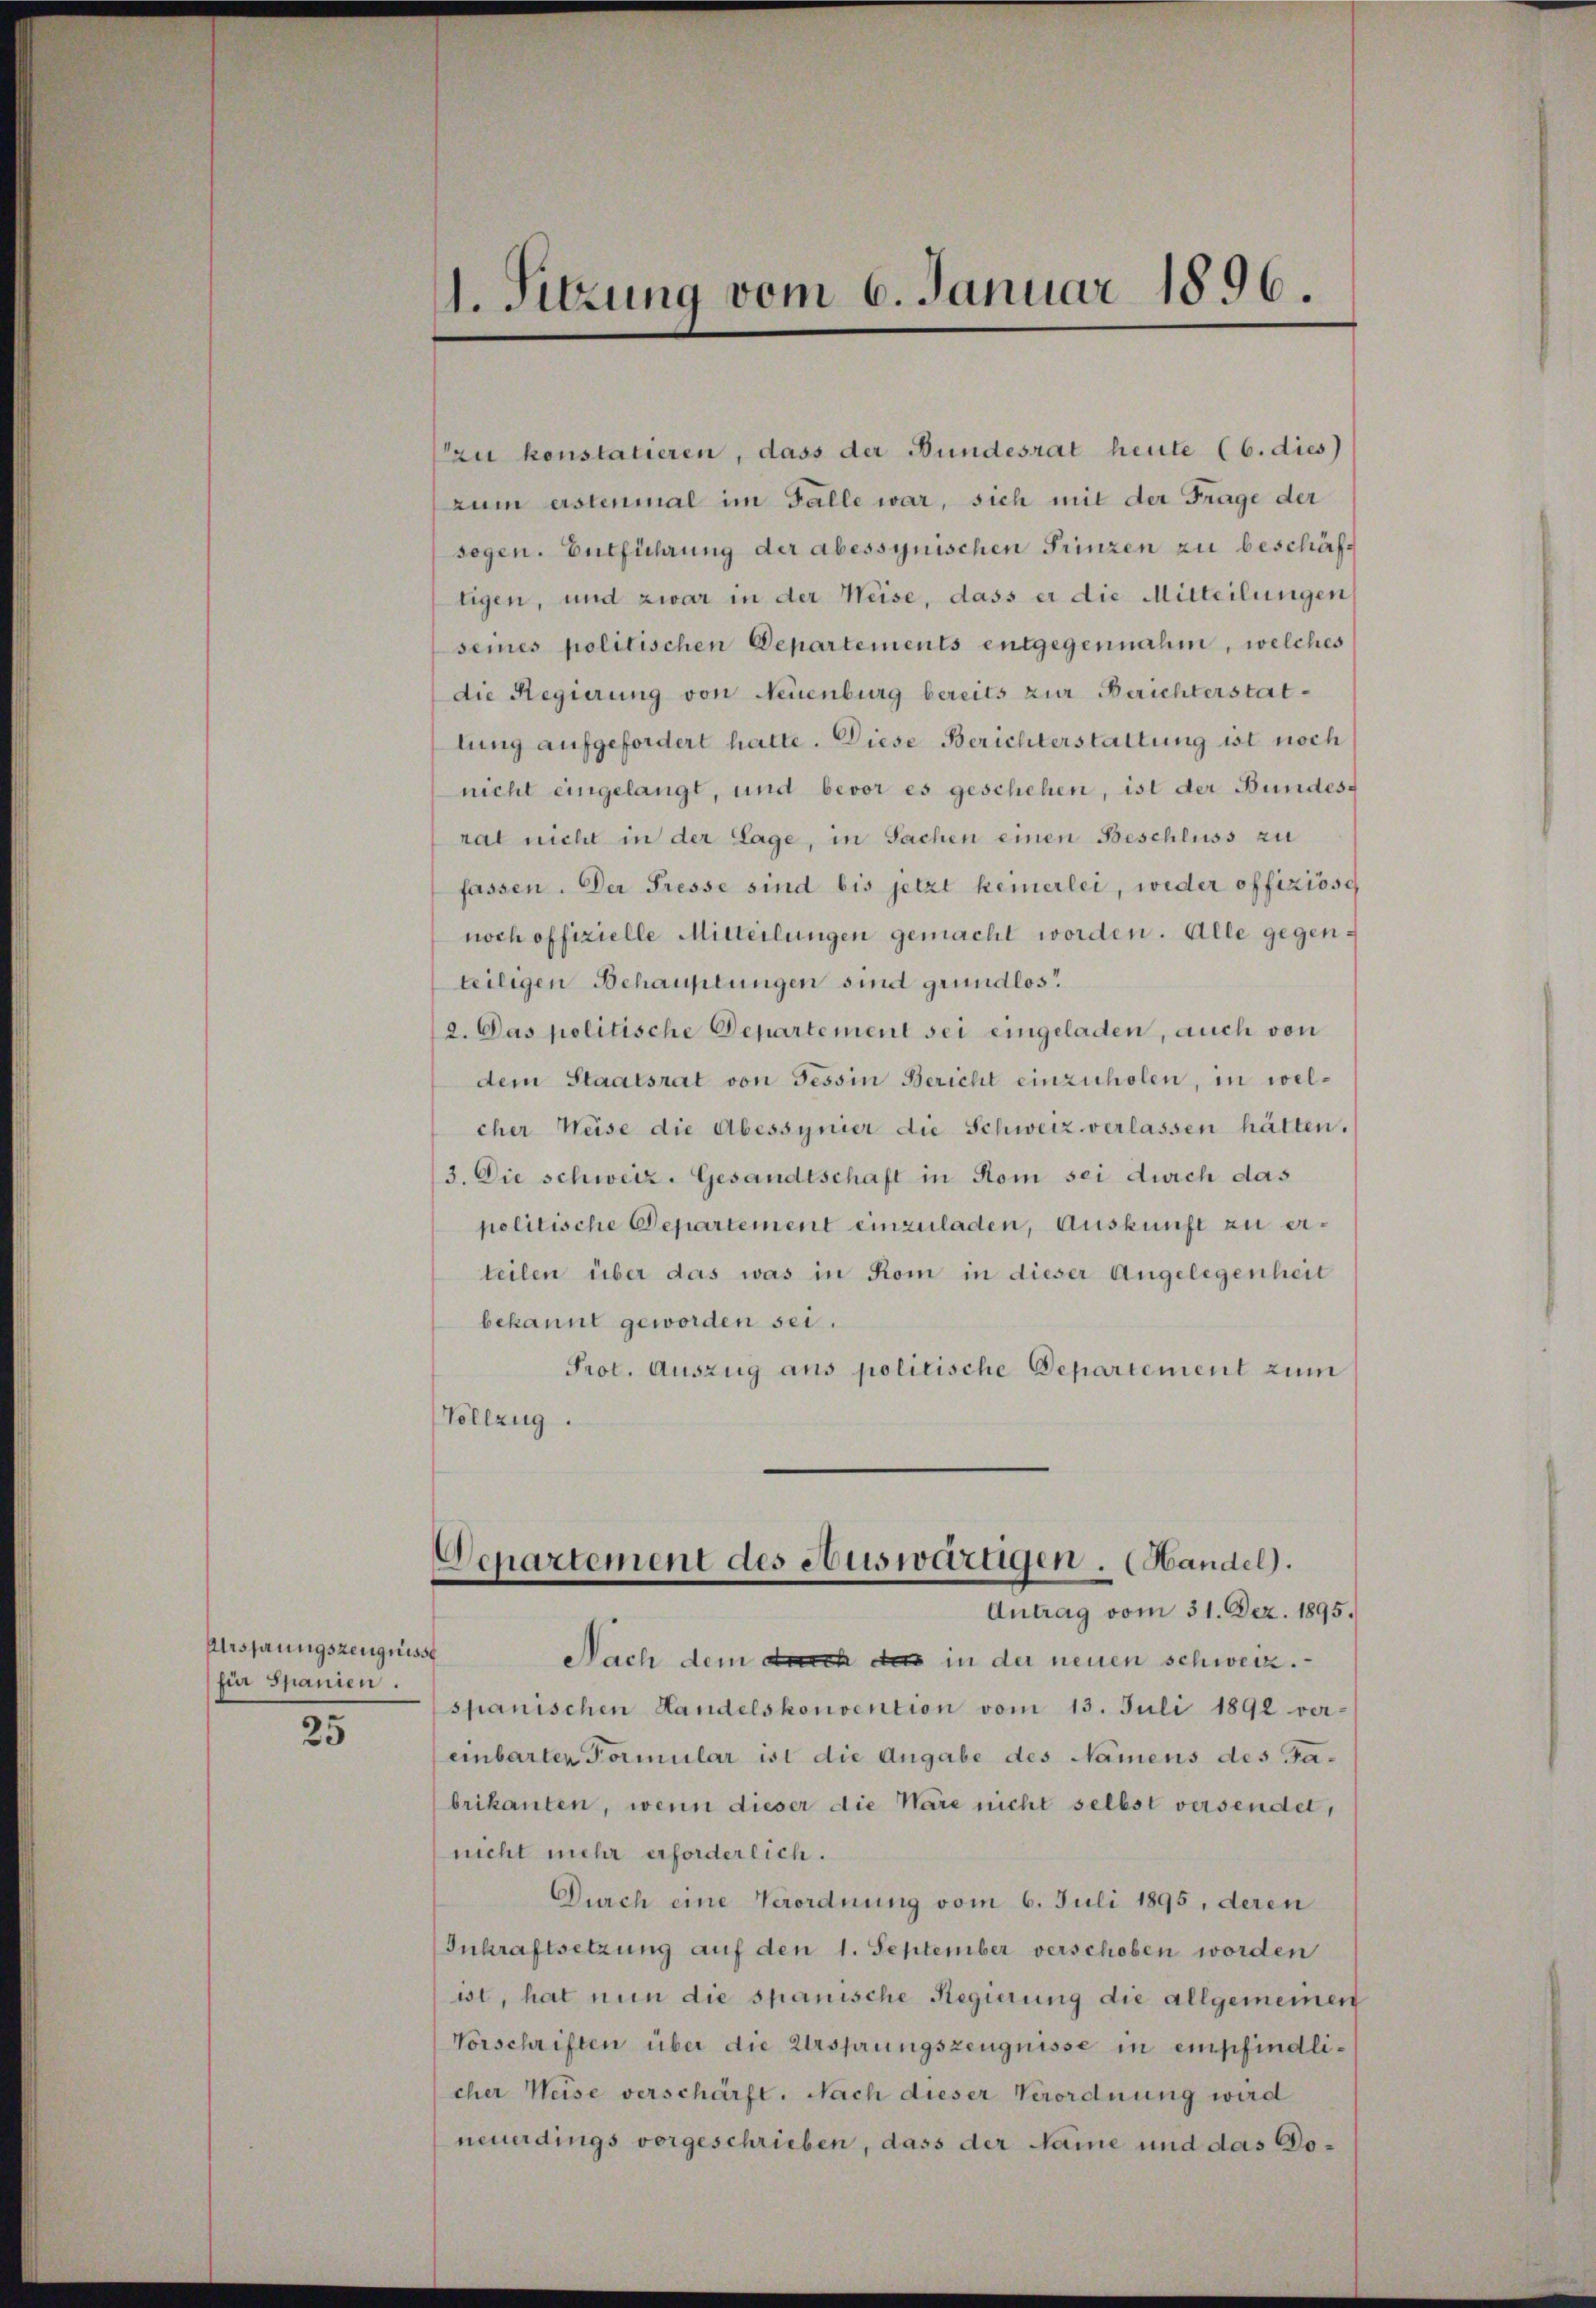
Ursprungszeugnisse
für Spanien.

25

1. Sitzung vom 6. Januar 1896.

ru konstatieren, dass der Bundesrat heute (6. dies
zum erstenmal im Falle war, sich mit der Frage der
sogen. Entführung der abessynischen Prinzen zu beschäftigen, und zwar in der Weise, dass er die Mitteilungen
seines politischen Departements entgegennahm, welches
die Regierung von Neuenburg bereits zur Berichterstatlung aufgefordert hatte. Diese Berichterstattung ist noch
nicht eingelangt, und bevor es geschehen, ist der Bundesrat nicht in der Lage, in Sachen einen Beschluss zu
fassen. Der Presse sind bis jetzt keinerlei, weder offiziöse
noch offizielle Mitteilungen gemacht worden. Alle gegenteiligen Behauptungen sind grundlos
2. Das politische Departement sei eingeladen, auch von
dem Staatsrat von Tessin Bericht einzuholen, in welcher Weise die Abessynier die Schweiz verlassen hätten.
3. Die schweiz. Gesandtschaft in Rom sei durch das
politische Departement einzuladen, Auskunft zu erteilen über das was in Rom in dieser Angelegenheit
bekannt geworden sei.
Prot. Auszug aus politische Departement zum
Vollzug.

Departement des Auswärtigen. (Handel).
Antrag vom 31. Dez. 1895.

Nach dem durch das in der neuen schweiz.
spanischen Handelskonvention vom 13. Juli 1892 ver-
einbarten Formular ist die Angabe des Namens des Jabrikanten, wenn dieser die Wäre nicht selbst versendet,
nicht mehr erforderlich.
Durch eine Verordnung vom 6. Juli 1895, deren
Inkraftsetzung auf den 1. September verschoben worden
ist, hat nun die spanische Regierung die allgemeinen
Vorschriften über die Ursprungszeugnisse in empfindlicher Weise verschärft. Nach dieser Verordnung wird
neuerdings vorgeschrieben, dass der Name und das Do¬